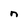
Character: n